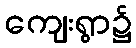
ကျေးရွာ၌